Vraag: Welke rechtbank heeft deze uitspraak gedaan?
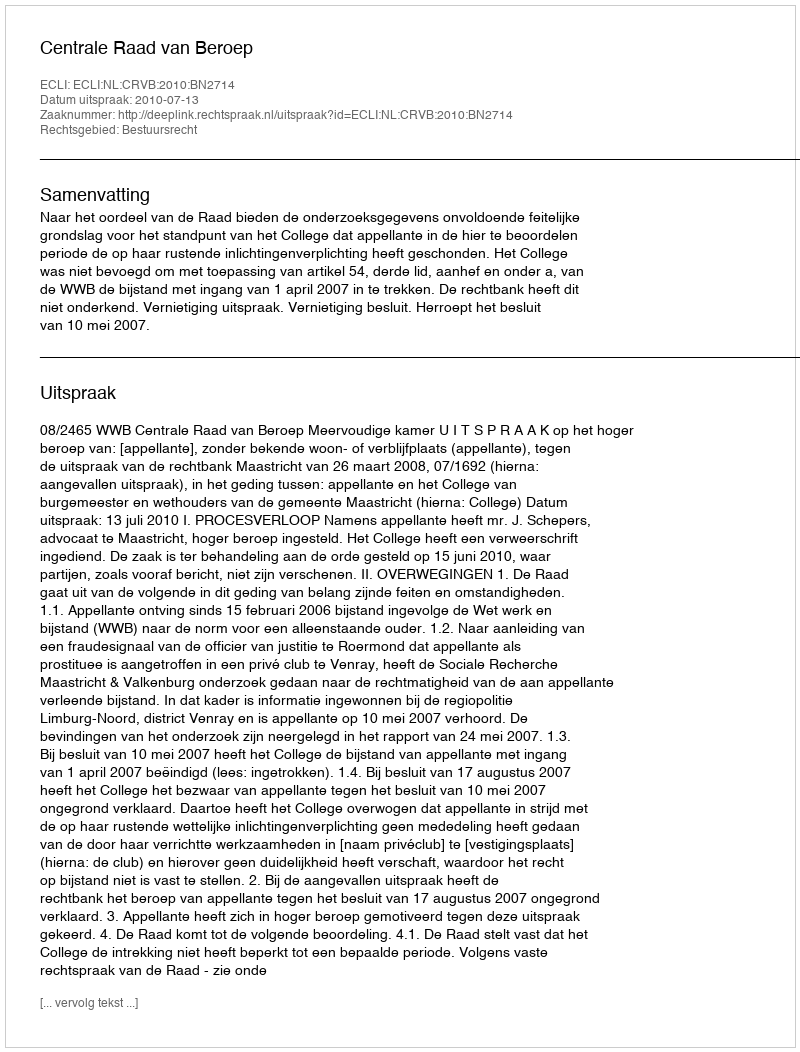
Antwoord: Centrale Raad van Beroep